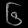
Digit: ၆